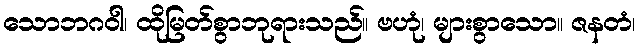
သောဘဂဝါ၊ ထိုမြတ်စွာဘုရားသည်။ ဗဟုံ၊ များစွာသော။ ဇနတံ၊